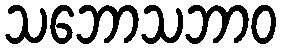
သဘောသဘာဝ